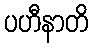
ပဟီနာတိ